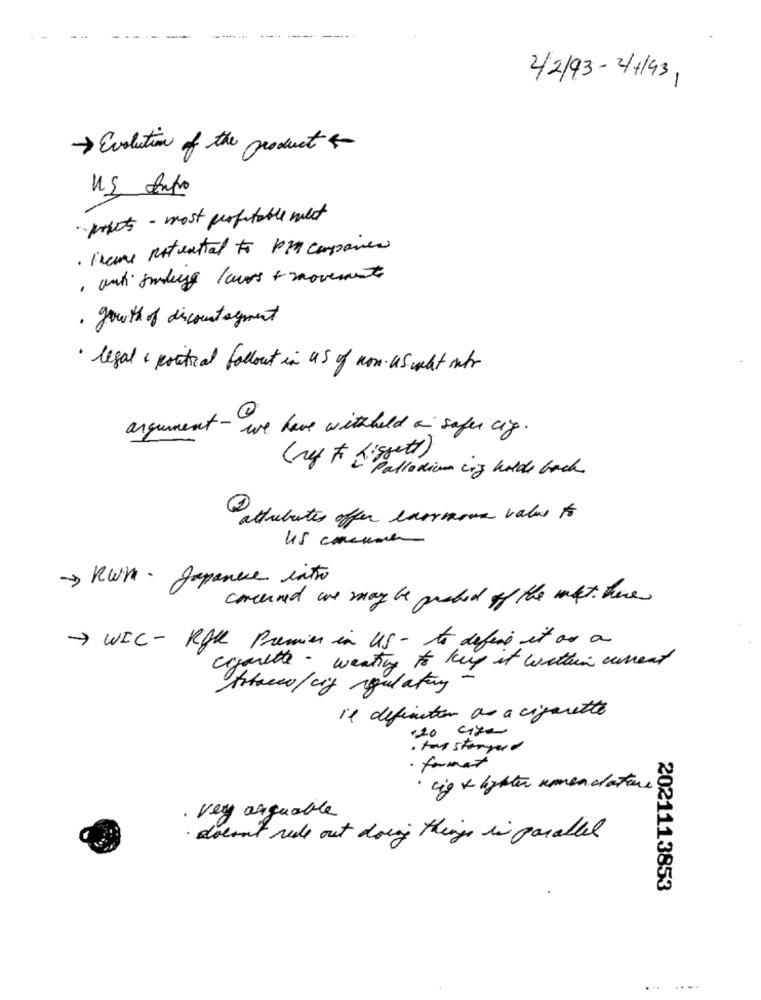
........
2/2/93 - 4/193,
-> Evolution of the product &
US Antro
prints - most profitable met
· Fremme potential to PM companies
, anti smiling leurs + movements
· growth of discountagment
· legal , political fallout in US of non. us what into
argument -
we have withold a safer cig .
Palladium cing holds back
attributes offer larrnous value to
45 consumer
-> KWH. Japanese intro
concured we may be probed of the mat. here
-> WIC - ROK Premier in US- to define it as a
cigarette - weating to keep it within current
Attacco/ cif regulatory
Il definition as a cigarette
. toy storyed
· format
· cig + lighter nomenclature?
· very arguable
· doesn't viele out doing things in parallel
2021113853